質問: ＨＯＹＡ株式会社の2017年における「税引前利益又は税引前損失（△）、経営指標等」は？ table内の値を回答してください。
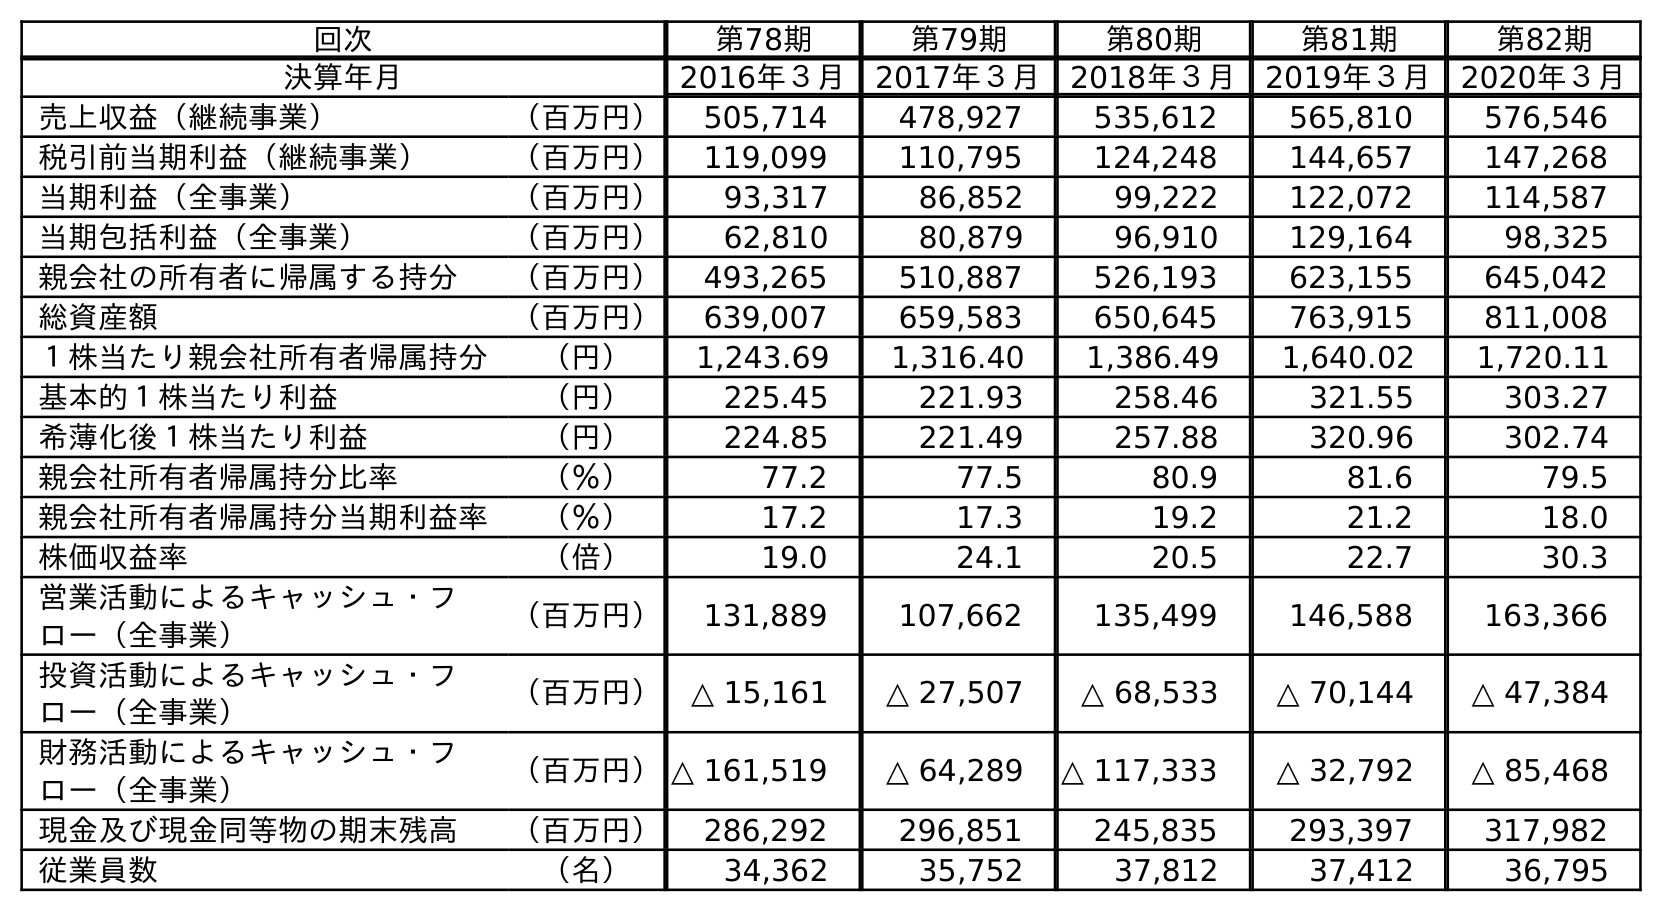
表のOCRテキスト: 回次 第78期 第79期 第80期 第81期 第82期 決算年月 2016年３月 2017年３月 2018年３月 2019年３月 2020年３月 売上収益（継続事業） （百万円） 505,714 478,927 535,612 565,810 576,546 税引前当期利益（継続事業） （百万円） 119,099 110,795 124,248 144,657 147,268 当期利益（全事業） （百万円） 93,317 86,852 99,222 122,072 114,587 当期包括利益（全事業） （百万円） 62,810 80,879 96,910 129,164 98,325 親会社の所有者に帰属する持分 （百万円） 493,265 510,887 526,193 623,155 645,042 総資産額 （百万円） 639,007 659,583 650,645 763,915 811,008 １株当たり親会社所有者帰属持分 （円） 1,243.69 1,316.40 1,386.49 1,640.02 1,720.11 基本的１株当たり利益 （円） 225.45 221.93 258.46 321.55 303.27 希薄化後１株当たり利益 （円） 224.85 221.49 257.88 320.96 302.74 親会社所有者帰属持分比率 （％） 77.2 77.5 80.9 81.6 79.5 親会社所有者帰属持分当期利益率 （％） 17.2 17.3 19.2 21.2 18.0 株価収益率 （倍） 19.0 24.1 20.5 22.7 30.3 営業活動によるキャッシュ・フ ロー（全事業） （百万円） 131,889 107,662 135,499 146,588 163,366 投資活動によるキャッシュ・フ ロー（全事業） （百万円） △ 15,161 △ 27,507 △ 68,533 △ 70,144 △ 47,384 財務活動によるキャッシュ・フ ロー（全事業） （百万円）△ 161,519 △ 64,289 △ 117,333 △ 32,792 △ 85,468 現金及び現金同等物の期末残高 （百万円） 286,292 296,851 245,835 293,397 317,982 従業員数 （名） 34,362 35,752 37,812 37,412 36,795
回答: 110,795